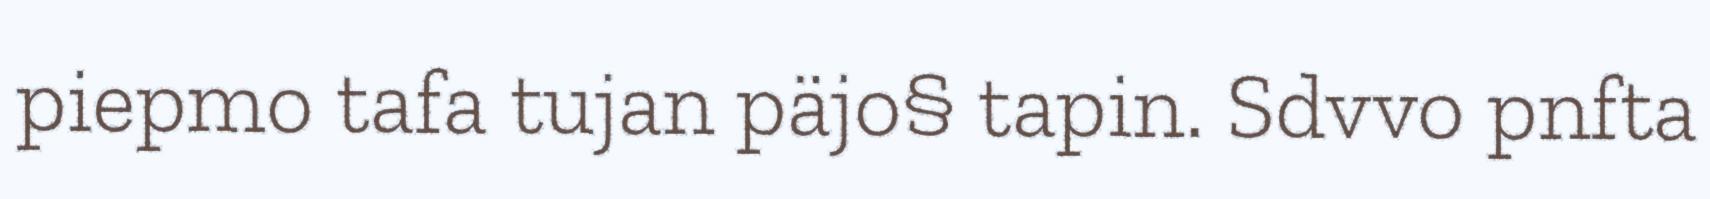
piepmo tafa tujan päjo§ tapin. Sdvvo pnfta